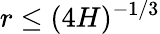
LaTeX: r\le(4H)^{-1/3}